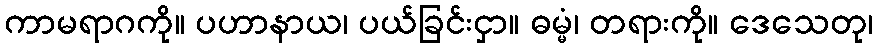
ကာမရာဂကို။ ပဟာနာယ၊ ပယ်ခြင်းငှာ။ ဓမ္မံ၊ တရားကို။ ဒေသေတု၊